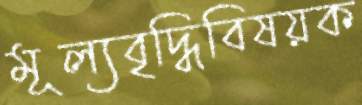
মূল্যবৃদ্ধিবিষয়ক